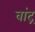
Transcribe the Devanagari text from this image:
वांद्र